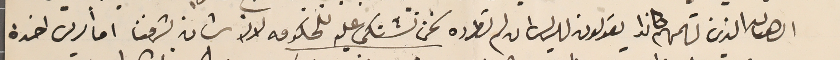
الرهبان الذين تهمهم كانوا يقولون للريسَ ان لم تطرده نحن نشتكى عليه للحكومه لانه شان بشرفنا اما الريس اخده